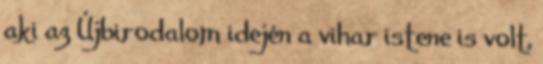
aki az Újbirodalom idején a vihar istene is volt,